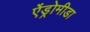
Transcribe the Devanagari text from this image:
ऐंड्रोमीडा